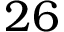
2 6